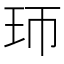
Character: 㺰